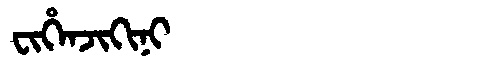
Manchu: ᠸᡳᡥᡝᠨᠵᡳᡴᡳᠨᡳ
Romanization: FIHENJIKINI